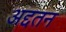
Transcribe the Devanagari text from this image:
अद्दतन